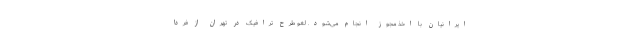
ایرانیان با اخذ مجوز انجام می‌شود. لغو طرح ترافیک در تهران از فردا